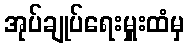
အုပ်ချုပ်ရေးမှူးထံမှ